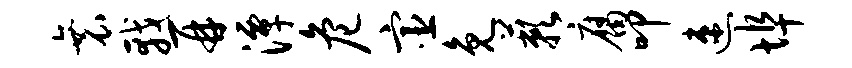
衰戟再潭危宦免蔌腐叩速埠